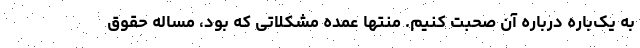
به یک‌باره درباره آن صحبت کنیم. منتها عمده مشکلاتی که بود، مساله حقوق